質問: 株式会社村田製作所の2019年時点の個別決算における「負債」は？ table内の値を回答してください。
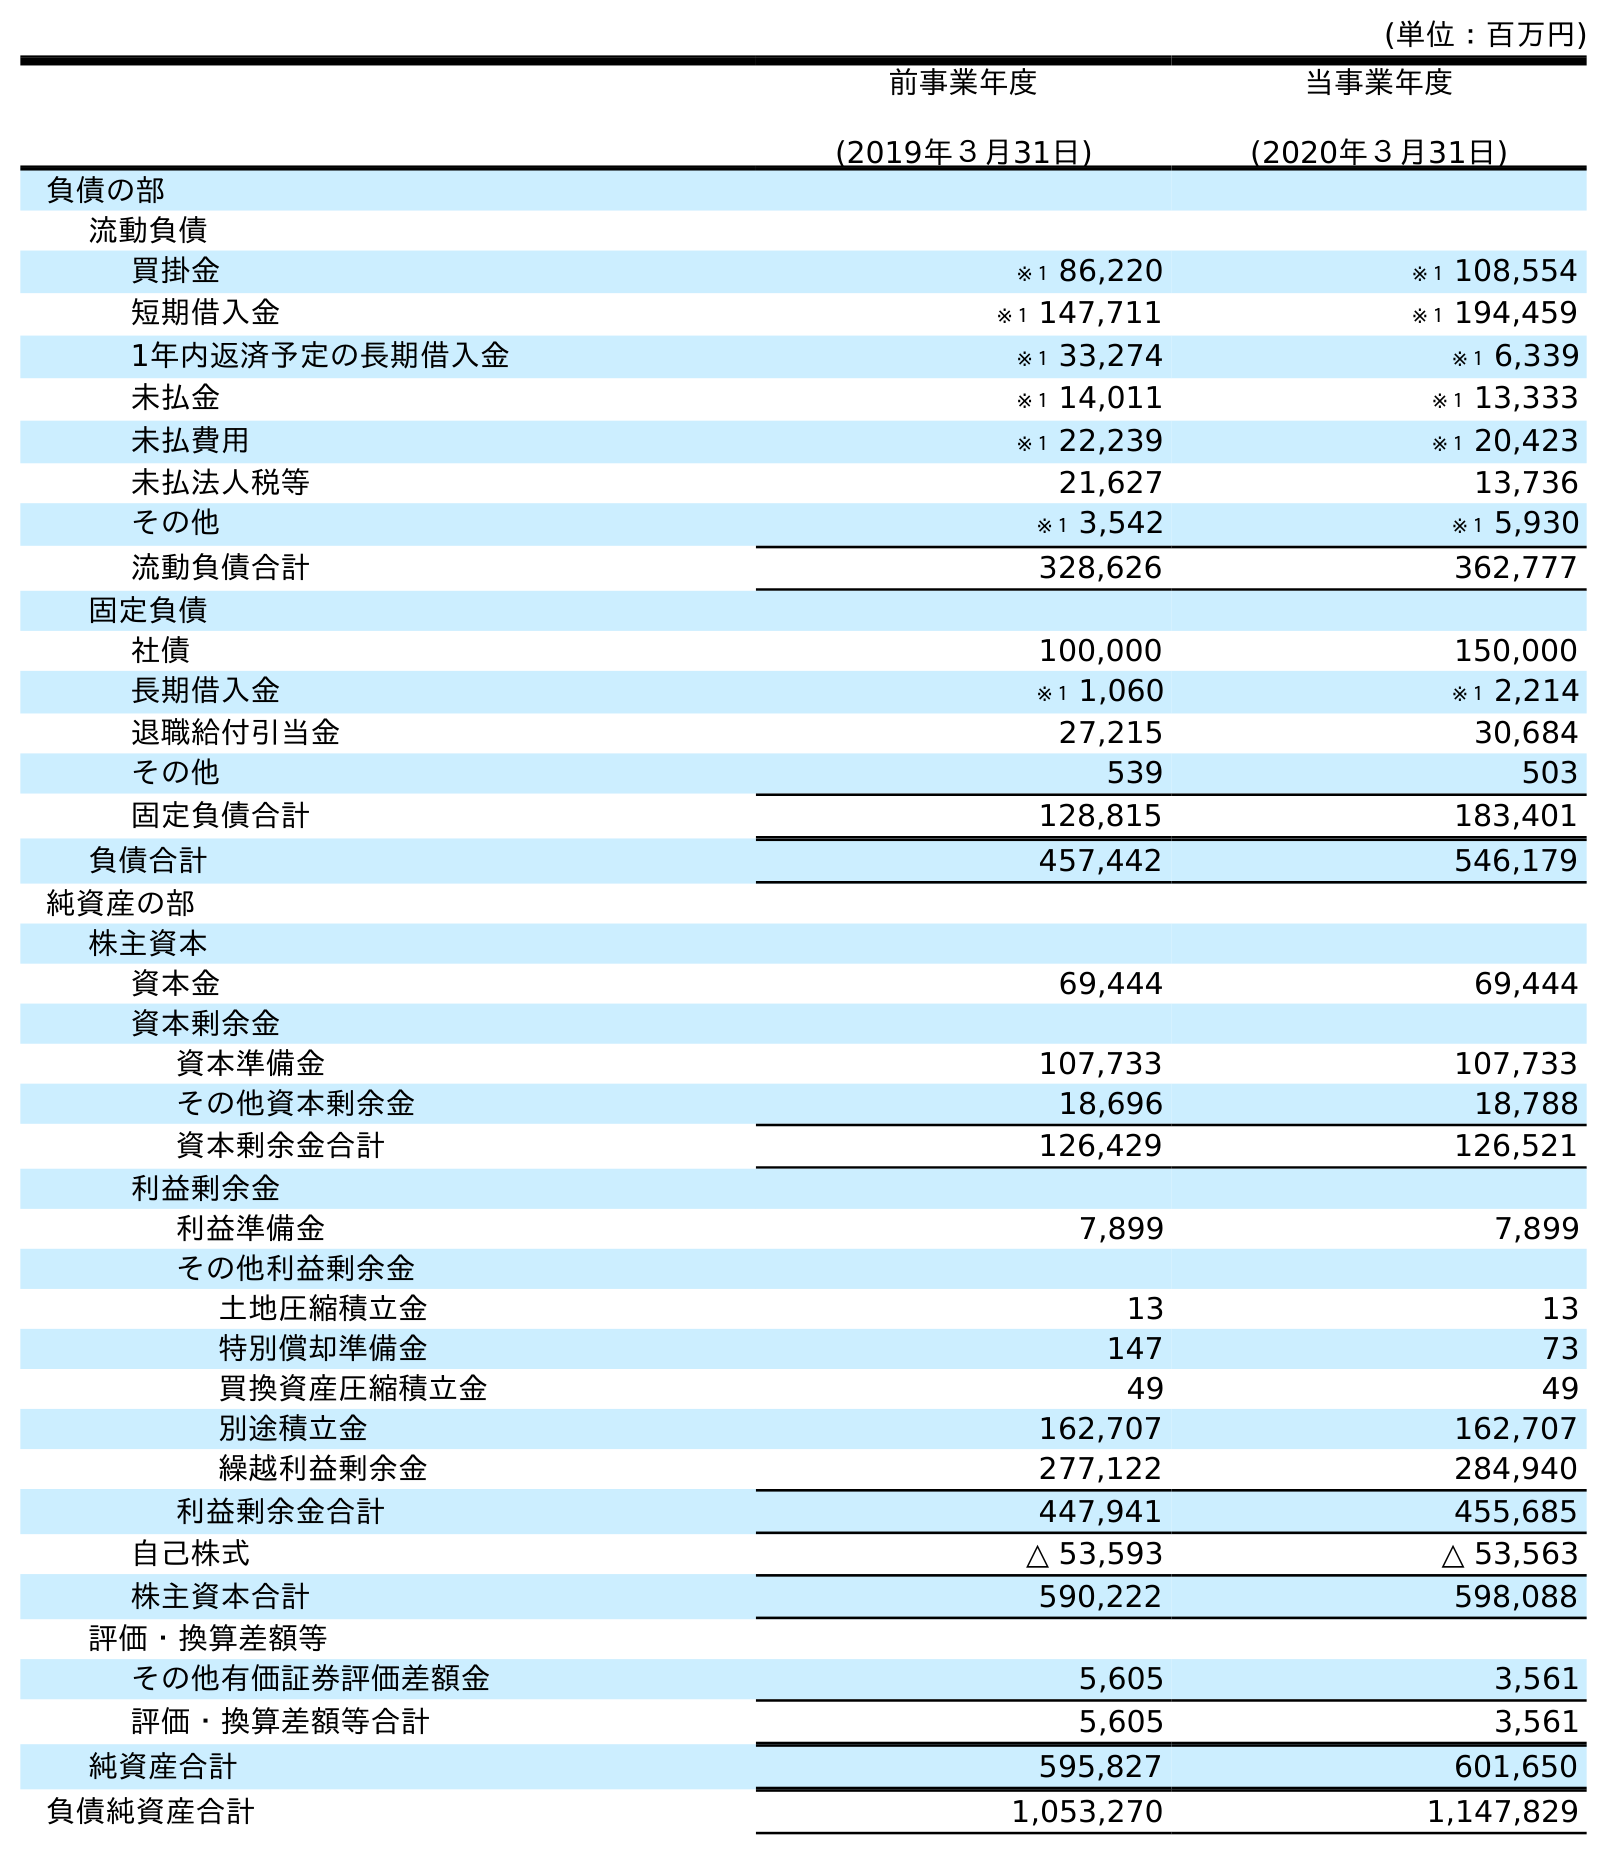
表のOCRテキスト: (単位：百万円) 前事業年度 (2019年３月31日) 当事業年度 (2020年３月31日) 負債の部 流動負債 買掛金 ※１ 86,220 ※１ 108,554 短期借入金 ※１ 147,711 ※１ 194,459 1年内返済予定の長期借入金 ※１ 33,274 ※１ 6,339 未払金 ※１ 14,011 ※１ 13,333 未払費用 ※１ 22,239 ※１ 20,423 未払法人税等 21,627 13,736 その他 ※１ 3,542 ※１ 5,930 流動負債合計 328,626 362,777 固定負債 社債 100,000 150,000 長期借入金 ※１ 1,060 ※１ 2,214 退職給付引当金 27,215 30,684 その他 539 503 固定負債合計 128,815 183,401 負債合計 457,442 546,179 純資産の部 株主資本 資本金 69,444 69,444 資本剰余金 資本準備金 107,733 107,733 その他資本剰余金 18,696 18,788 資本剰余金合計 126,429 126,521 利益剰余金 利益準備金 7,899 7,899 その他利益剰余金 土地圧縮積立金 13 13 特別償却準備金 147 73 買換資産圧縮積立金 49 49 別途積立金 162,707 162,707 繰越利益剰余金 277,122 284,940 利益剰余金合計 447,941 455,685 自己株式 △ 53,593 △ 53,563 株主資本合計 590,222 598,088 評価・換算差額等 その他有価証券評価差額金 5,605 3,561 評価・換算差額等合計 5,605 3,561 純資産合計 595,827 601,650 負債純資産合計 1,053,270 1,147,829
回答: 457,442